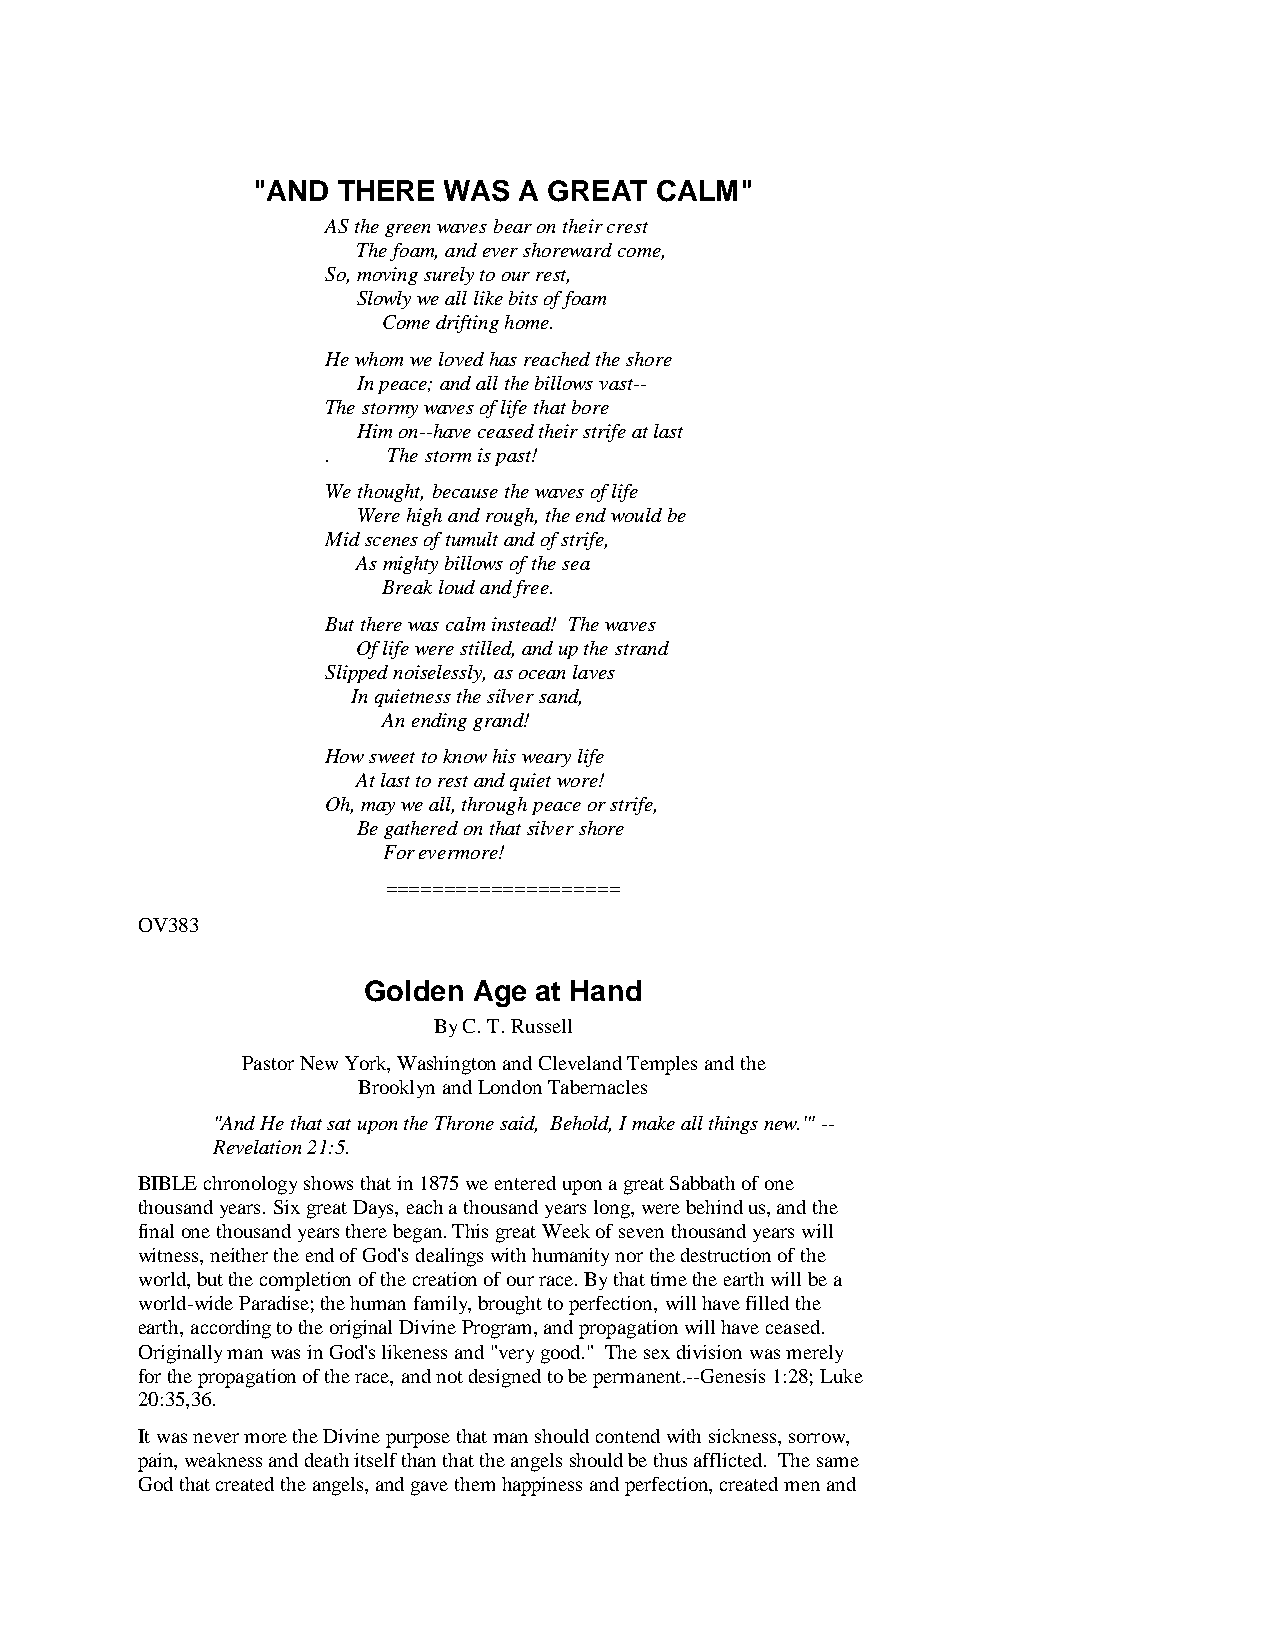
"AND THERE  WAS  A GREAT  CALM"
 AS the green waves bear on their crest
 The foam, and ever shoreward come,
 So, moving surely to our rest,
 Slowly we all like bits of foam
 Come drifting home.
 He whom we loved has reached the shore
 In peace; and all the billows vast--
 The stormy waves of life that bore
 Him on--have ceased their strife at last
 .   The storm is past!
 We thought, because the waves of life
 Were high and rough, the end would be
 Mid scenes of tumult and of strife,
 As mighty billows of the sea
 Break loud and free.
 But there was calm instead! The waves
 Of life were stilled, and up the strand
 Slipped noiselessly, as ocean laves
 In quietness the silver sand,
 An ending grand!
 How sweet to know his weary life
 At last to rest and quiet wore!
 Oh, may we all, through peace or strife,
 Be gathered on that silver shore
 For evermore!
 ====================
 OV383
 Golden Age at Hand
 By C. T. Russell
 Pastor New York, Washington and Cleveland Temples and the
 Brooklyn and London Tabernacles
 "And He that sat upon the Throne said, Behold, I make all things new.'" --
 Revelation 21:5.
 BIBLE chronology shows that in 1875 we entered upon a great Sabbath of one
 thousand years. Six great Days, each a thousand years long, were behind us, and the
 final one thousand years there began. This great Week of seven thousand years will
 witness, neither the end of God's dealings with humanity nor the destruction of the
 world, but the completion of the creation of our race. By that time the earth will be a
 world-wide Paradise; the human family, brought to perfection, will have filled the
 earth, according to the original Divine Program, and propagation will have ceased.
 Originally man was in God's likeness and "very good." The sex division was merely
 for the propagation of the race, and not designed to be permanent.--Genesis 1:28; Luke
 20:35,36.
 It was never more the Divine purpose that man should contend with sickness, sorrow,
 pain, weakness and death itself than that the angels should be thus afflicted. The same
 God that created the angels, and gave them happiness and perfection, created men and